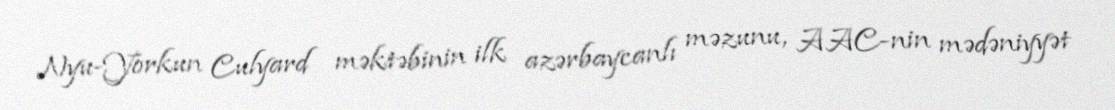
Nyu-Yorkun Culyard məktəbinin ilk azərbaycanlı məzunu, AAC-nin mədəniyyət